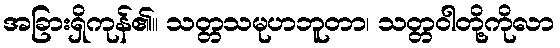
အခြားရှိကုန်၏။ သတ္တသမုဟဘူတာ၊ သတ္တဝါတို့ကိုလာ